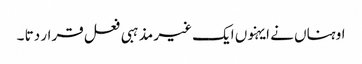
اوہناں نے ایہنوں ایک غیر مذہبی فعل قرار دتا ۔